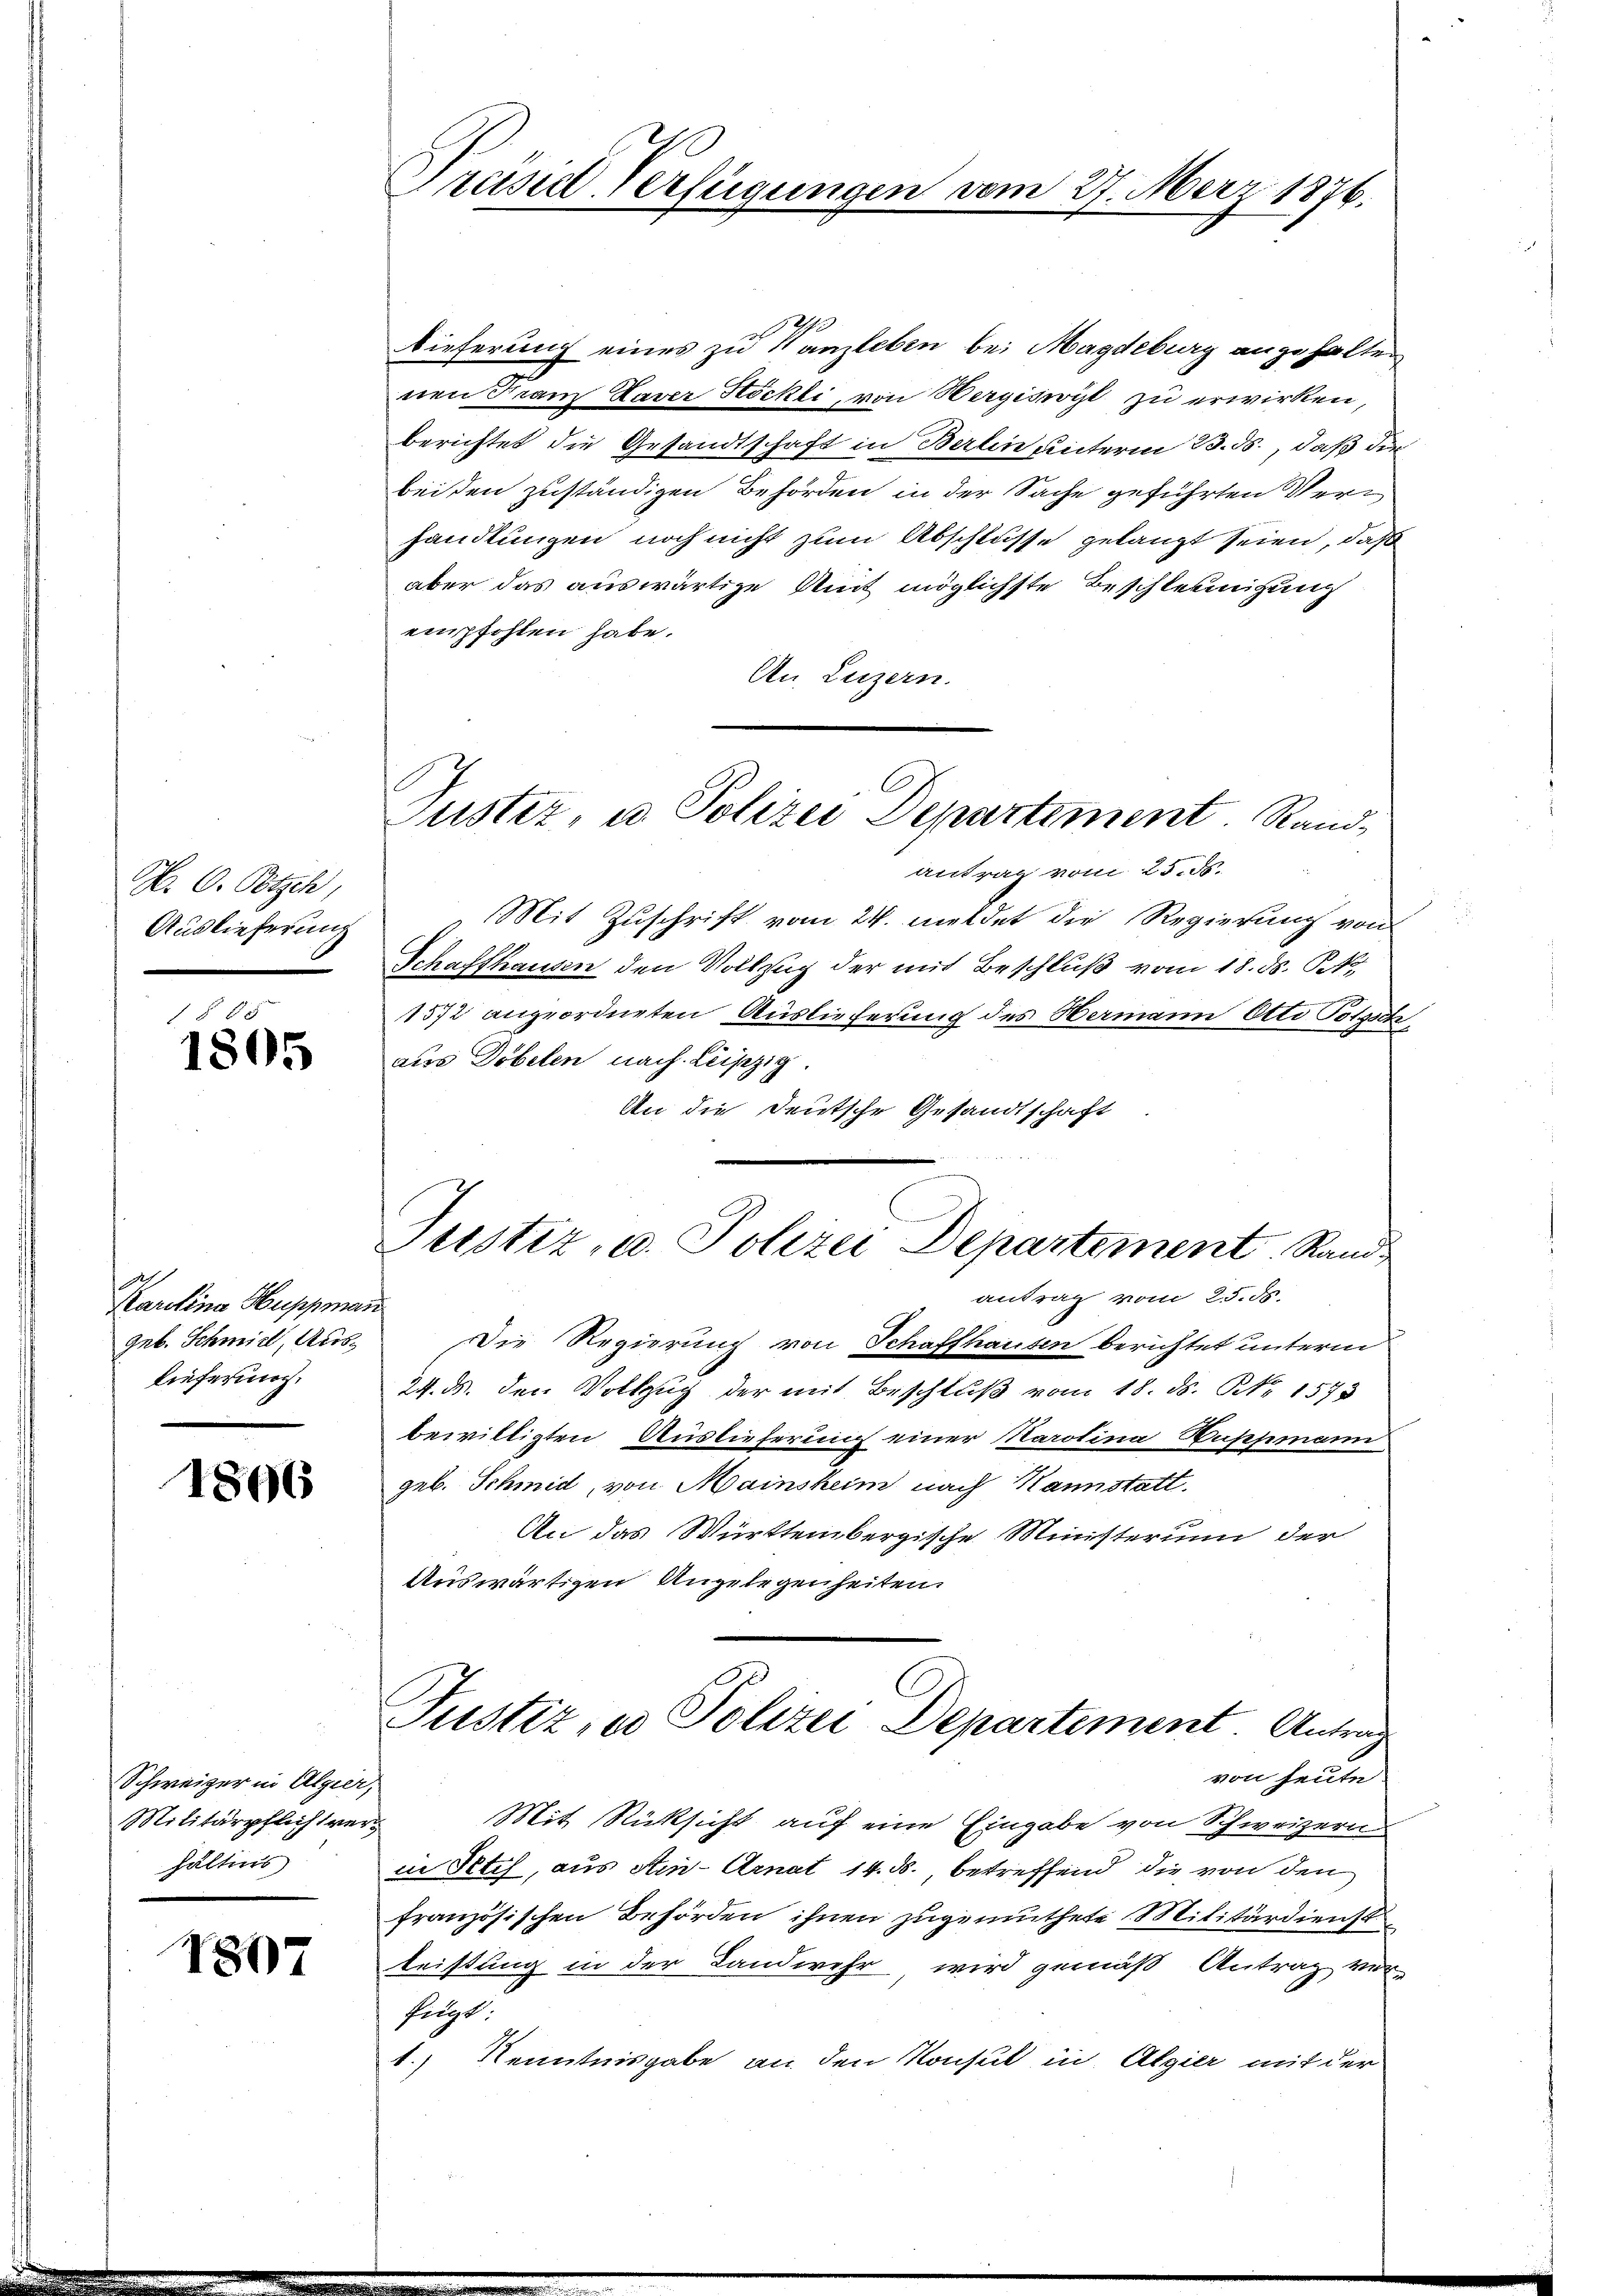
N. O. Botsch,
Auslieferung

1 § 85
1805

Karolina Huppmann.
Geb. Schmidl, Aus¬
Lieferung,

1896

Schweizer in Algier,
Militärpflichtver
hältnis

1807

Präsid-Verfügungen vom 27. März 1876.

Dieferung eines zu Wanzleben bei Magdeburg angehalten
nen Tram Daver Stöckli, von Wergebracht zu erwirken,
berichtet die Gesandtschaft in Berlin unterm 23. ds., daß die
beiden zuständigen Behörden in der Sache geführten Verhandlungen noch nicht zum Abschlusse gelangt seien, daß
aber das auswärtige Amt möglichste Beschleunigung
empfohlen habe.
An Luzern.
antrag vom 25. ds.
Mit Zuschrift vom 24. meldet die Regierung von
Schaffhausen den Vollzug der mit Beschluß vom 18. ds. k.
1572 angeordneten Auslieferung des Hermann Otto Polysch
aus Döbelen nach Leipzig.
An die Deutsche Gesandtschaft
antrag vom 25. ds.
Die Regierung von Schaffhausen berichtet unterm
24. ds. den Vollzug der mit Beschluß vom 18. ds. Nr. 1575
bewilligten Auslieferung einer Karolina Puppmann
geb. Schmid, von Mainsheim nach Kannstatt.
An das Württembergische Ministerum der
Auswärtigen Angelegenheiten.
Justiz, ed Polizei Departement. Antrag
von heute
Mit Rücksicht auf eine Eingabe von Schweizern
nn Petif, aus Ain-Arnat 14. ds., betreffend die von den
französischen Behörden ihnen zugemuthete Militärdienst
leistung in der Landwehr wird gemäß Antrag vor-
fügt:
1.) Kenntnisgabe an den Konsul in Algier mit der

Puster, u. Polizei Departement. Rand¬

Justiz- u. Polizei Departement Rand